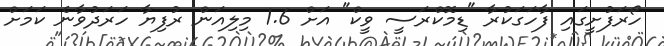
ހޯރަފުށީގައި ފާހަގަކުރާ "ޑިމޮކްރަސީ ވީކް" އަށް 1.6 މިލިއަން ރުފިޔާ ހަރަދުވާނެ ކަމަށް